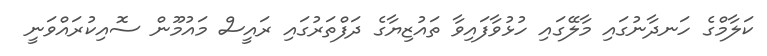
ކަލާމްގެ ހަނދާނުގައި މާލޭގައި ހުޅުވާފައިވާ ތައުޒިޔާގެ ދަފްތަރުގައި ރައީސް މައުމޫން ސޮއިކުރައްވަނީ